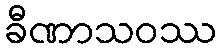
ခီဏာသဝဿ